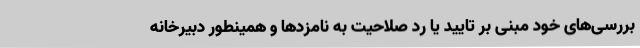
بررسی‌های خود مبنی بر تایید یا رد صلاحیت به نامزدها و همینطور دبیرخانه